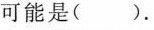
可能是()。